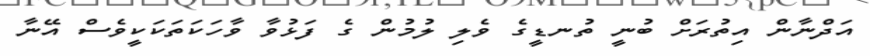
އަދްނާން އިތުރަށް ބުނީ ތުނޑީގެ ވެލި ލުމުން ގެ ފަޅުވާ ވާހަކަތަކަކީވެސް އޭނާ